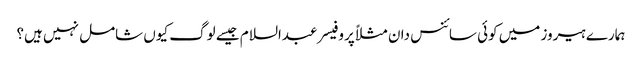
ہمارے ہیروز میں کوئی سائنس دان مثلاً پروفیسر عبدالسلام جیسے لوگ کیوں شامل نہیں ہیں؟